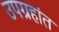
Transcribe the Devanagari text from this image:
उपग्रहांत